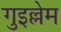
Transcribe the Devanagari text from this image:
गुइल्लेम